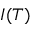
I ( T )